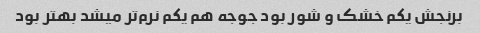
برنجش یکم خشک و شور بود جوجه هم یکم نرم‌تر میشد بهتر بود